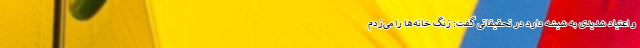
و اعتیاد شدیدی به شیشه دارد در تحقیقاتی گفت: زنگ خانه‌ها را می‌زدم